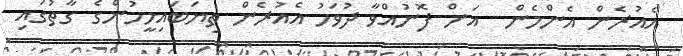
އެއުރެން އެންމެން  އަށް ފޮނުއްވާ ދުވަހު އެއުރެން ތިޔަބައިމީހުންގެ ގާތުގައި